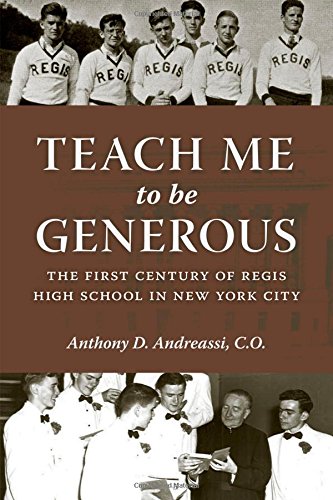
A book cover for Teach Me to Be Generous: The First Century of Regis High School in New York City ` (Empire State Editions); Anthony Andreassi; Religion & Spirituality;